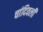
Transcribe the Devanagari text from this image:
चांदिवली